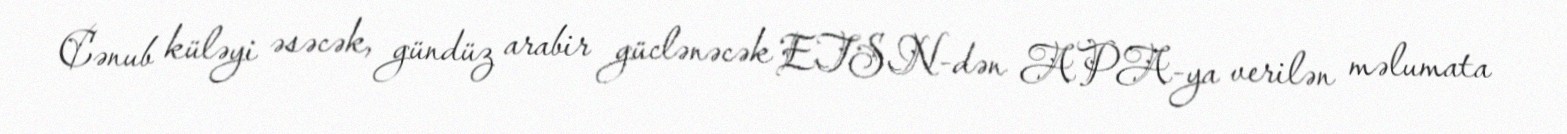
Cənub küləyi əsəcək, gündüz arabir güclənəcək ETSN-dən APA-ya verilən məlumata